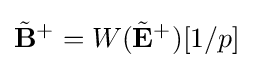
{\tilde {\mathbf {B} }}^{+}=W({\tilde {\mathbf {E} }}^{+})[1/p]